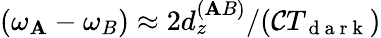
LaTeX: (\omega_{\mathbf{A}}-\omega_{B})\approx2d_{z}^{(\mathbf{A}B)}/(\mathcal{C}T_{\mathrm{{~d~a~r~k~}}})